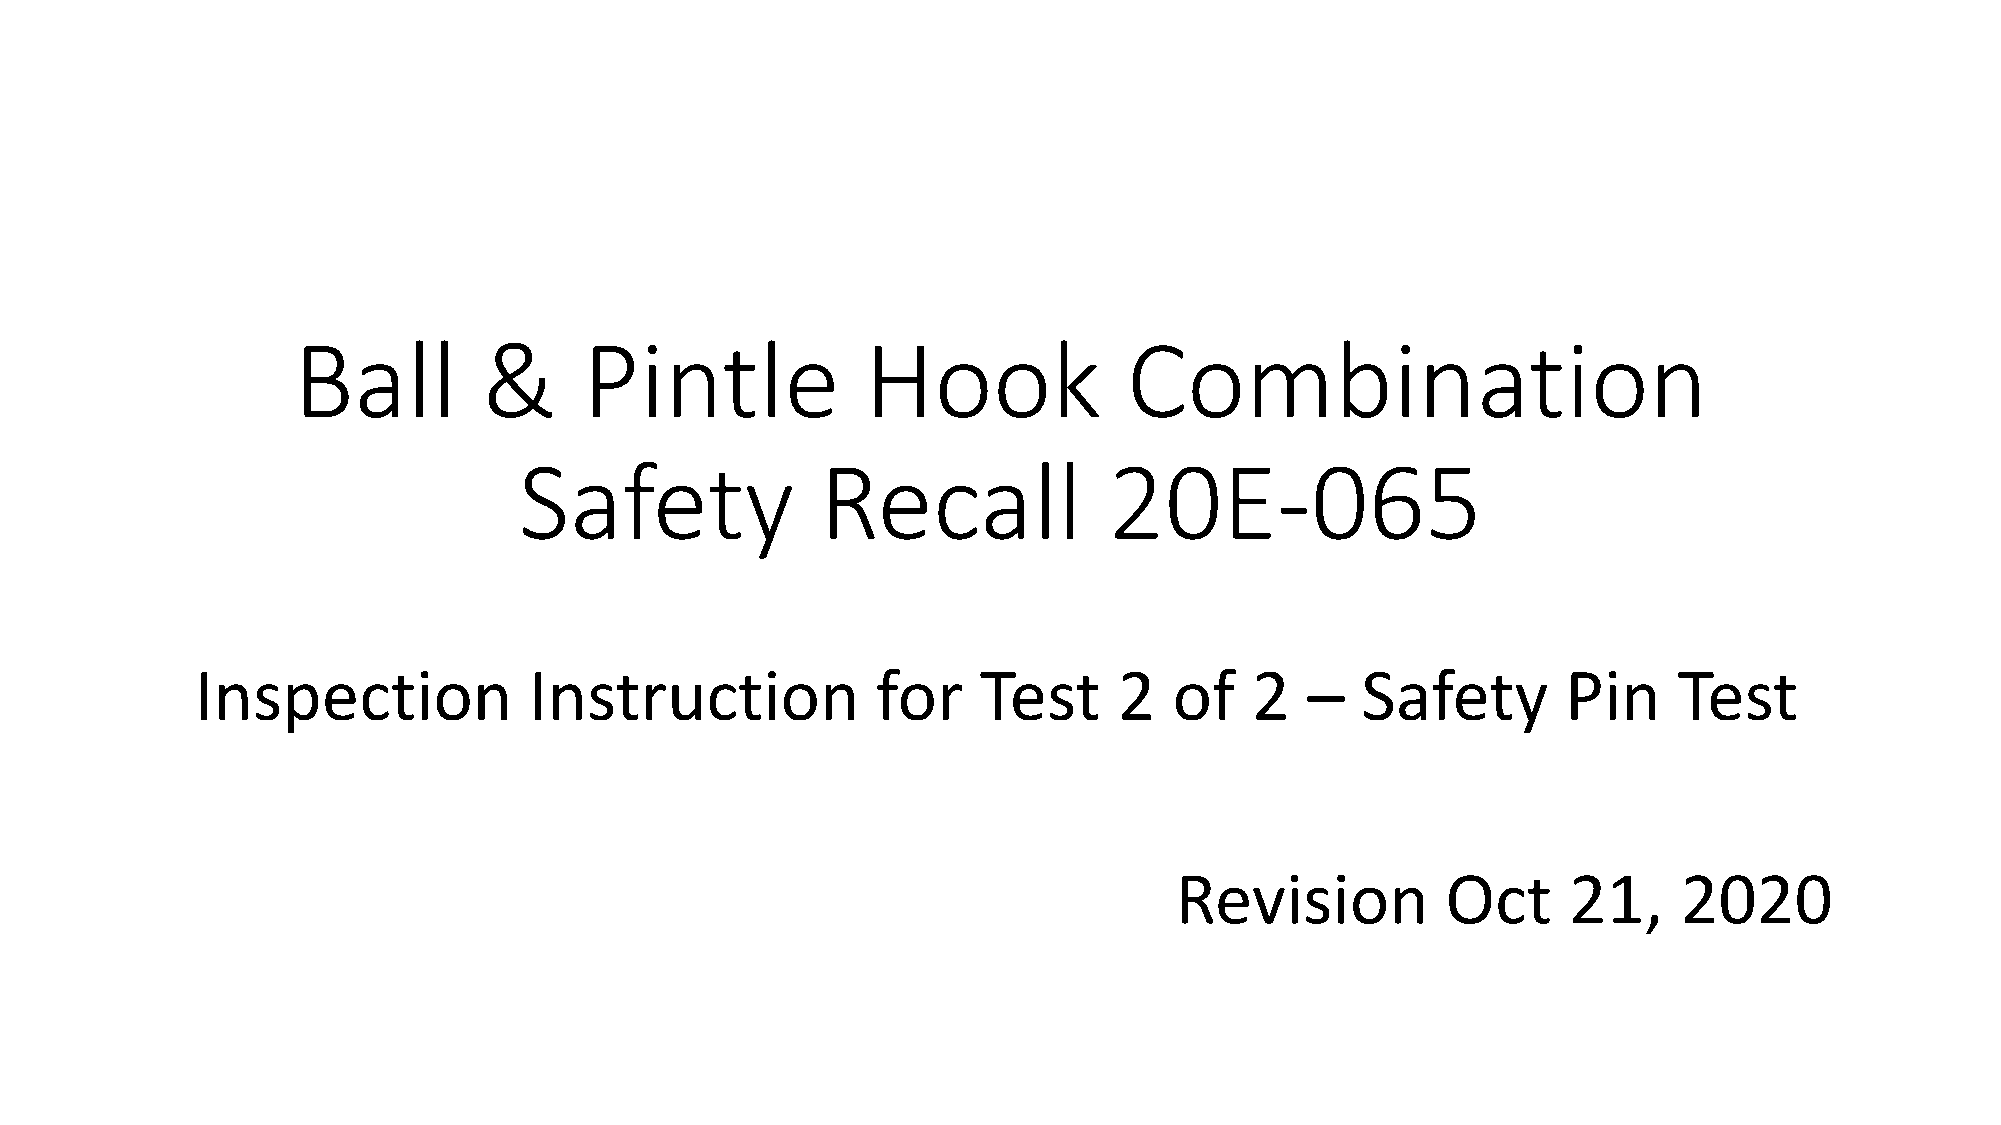
Ball         &      Pintle            Hook              Combination
 Safety              Recall             20E-065
 Inspection            Instruction            for    Test     2   of   2   –  Safety        Pin    Test
 Revision          Oct     21,    2020